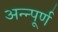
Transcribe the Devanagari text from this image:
अन्न्पूर्ण